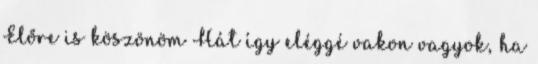
Előre is köszönöm Hát így eléggé vakon vagyok, ha